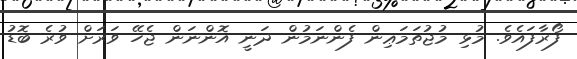
ފޯރާފައެވެ. މުޅި މުޖުތަމަޢިން ފެންނަމުން ދަނީ އޮންނަން ޖެހޭ ވަރަށް ވުރެ ބޮޑު